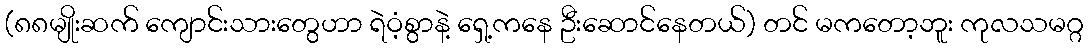
(၈၈မျိုးဆက် ကျောင်းသားတွေဟာ ရဲဝံ့စွာနဲ့ ရှေ့ကနေ ဦးဆောင်နေတယ်) တင် မကတော့ဘူး ကုလသမဂ္ဂ